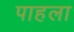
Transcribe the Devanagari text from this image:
पाहला